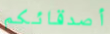
أصدقائكم